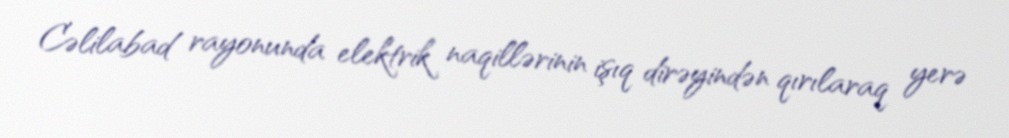
Cəlilabad rayonunda elektrik naqillərinin işıq dirəyindən qırılaraq yerə